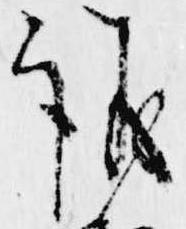
議